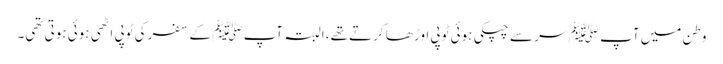
وطن میں آپ ﷺ سر سے چپکی ہوئی ٹوپی اوڑھا کرتے تھے، البتہ آپ ﷺ کے سفر کی ٹوپی اٹھی ہوئی ہوتی تھی۔